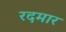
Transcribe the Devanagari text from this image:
रदमार